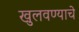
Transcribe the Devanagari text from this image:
खुलवण्याचे